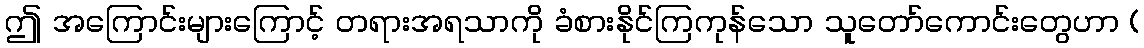
ဤ အကြောင်းများကြောင့် တရားအရသာကို ခံစားနိုင်ကြကုန်သော သူတော်ကောင်းတွေဟာ (